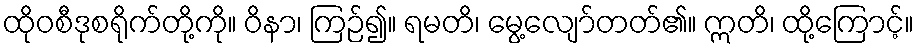
ထိုဝစီဒုစရိုက်တို့ကို။ ဝိနာ၊ ကြဉ်၍။ ရမတိ၊ မွေ့လျော်တတ်၏။ ဣတိ၊ ထို့ကြောင့်။